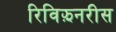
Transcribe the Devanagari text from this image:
रिविझ़नरीस